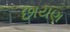
છાયણ